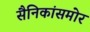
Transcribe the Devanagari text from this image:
सैनिकांसमोर